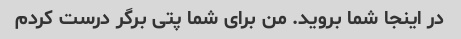
در اینجا شما بروید. من برای شما پتی برگر درست کردم